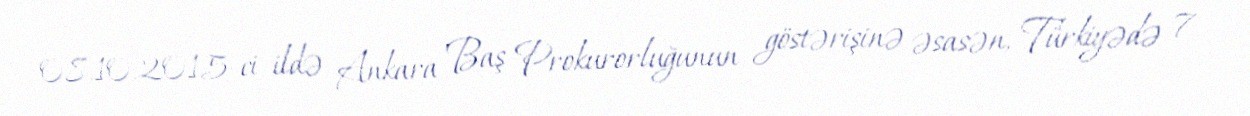
08.10.2015-ci ildə Ankara Baş Prokurorluğunun göstərişinə əsasən, Türkiyədə 7